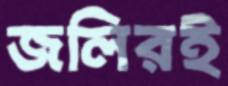
জলিরই